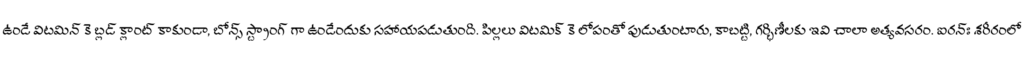
ఉండే విటమిన్ కె బ్లడ్ క్లాంట్ కాకుండా, బోన్స్ స్ట్రాంగ్ గా ఉండేందుకు సహాయపడుతుంది. పిల్లలు విటమిక్ కె లోపంతో పుడుతుంటారు, కాబట్టి, గర్భిణీలకు ఇవి చాలా అత్యవసరం. ఐరన్ః శరీరంలో